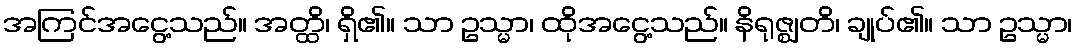
အကြင်အငွေ့သည်။ အတ္ထိ၊ ရှိ၏။ သာ ဥသ္မာ၊ ထိုအငွေ့သည်။ နိရုဇ္ဈတိ၊ ချုပ်၏။ သာ ဥသ္မာ၊